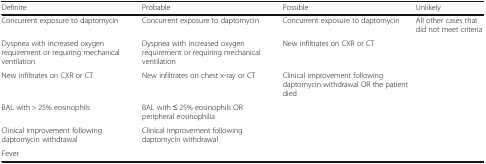
<table><thead><tr><td><b>Definite</b></td><td><b>Probable</b></td><td><b>Possible</b></td><td><b>Unlikely</b></td></tr></thead><tbody><tr><td>Concurrent exposure to daptomycin</td><td>Concurrent exposure to daptomycin</td><td>Concurrent exposure to daptomycin</td><td>All other cases that did not meet criteria</td></tr><tr><td>Dyspnea with increased oxygen requirement or requiring mechanical ventilation</td><td>Dyspnea with increased oxygen requirement or requiring mechanical ventilation</td><td>New infiltrates on CXR or CT</td><td></td></tr><tr><td>New infiltrates on CXR or CT</td><td>New infiltrates on chest x-ray or CT</td><td>Clinical improvement following daptomycin withdrawal OR the patient died</td><td></td></tr><tr><td>BAL with &gt; 25% eosinophils</td><td>BAL with ≤ 25% eosinophils OR peripheral eosinophilia</td><td></td><td></td></tr><tr><td>Clinical improvement following daptomycin withdrawal</td><td>Clinical improvement following daptomycin withdrawal</td><td></td><td></td></tr><tr><td>Fever</td><td></td><td></td><td></td></tr></tbody></table>